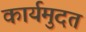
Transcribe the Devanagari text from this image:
कार्यमुदत